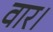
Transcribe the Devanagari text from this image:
वार।